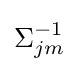
\textstyle \Sigma _{jm}^{-1}\displaystyle